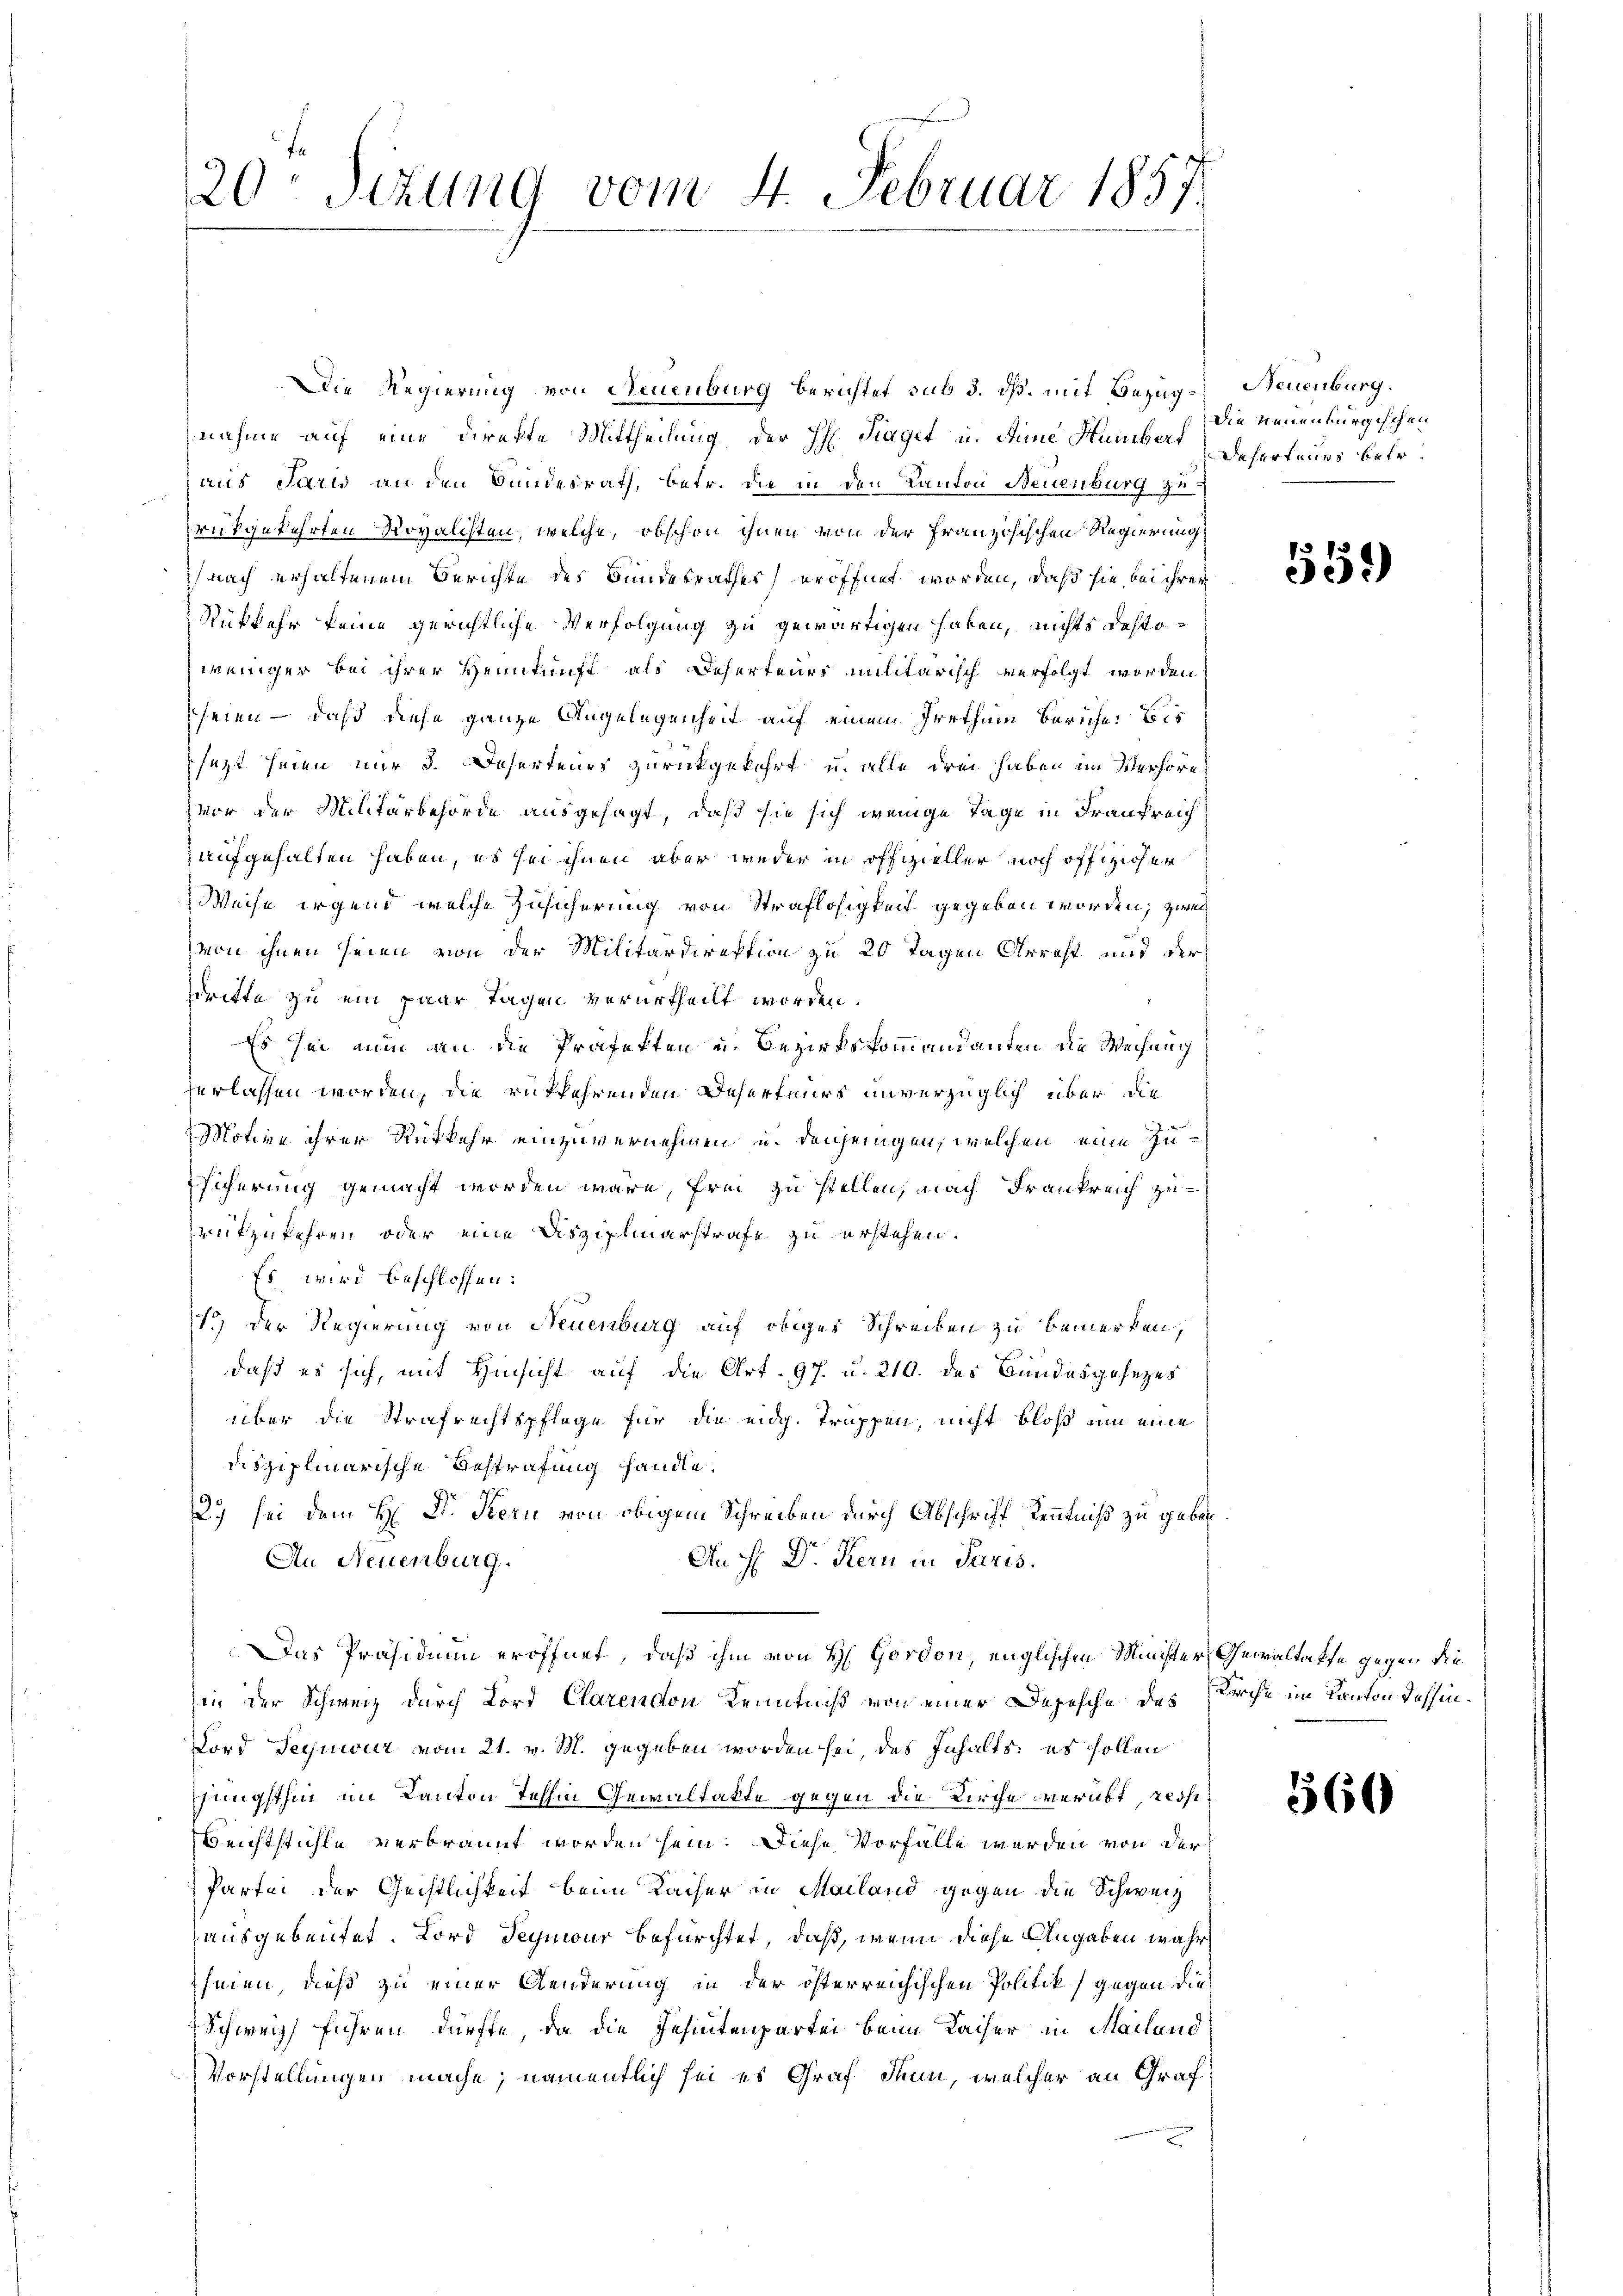
20 Sekung vom 4. Februar 1857

Die Regierung von Neuenburg berichtet sub 3. dß. mit Bezug Neuenburg.
nahme auf eine Direkte Mittheilung der H: Fraget u. deine Humber Deserteurs betr.
haus Paris an den Bundesrath, betr. die in den Kanton Neuenburg zurükgekehrten Royalisten, welche, obschon ihnen von der Französischen Regierung
nach erhaltenem Berichte des Bundesrathes eröffnet worden, daß sie bei ihrer
Rükkehr keine gerichtliche Verfolgung zu gewärtigen haben, nichts destoweniger bei ihrer Heimkunft als Deserteurs militarisch verfolgt worden
seien – daß diese ganze Angelegenheit auf einem Irrthum Beriche bis
sezt seien nur 3. Deserteurs zurückgekehrt u. alle drei haben im Verhöre
zvor der Militärbehörde ausgesagt, daß sie sich wenige Tage in Frankreich
aufgehalten haben, es sei ihnen aber weder in offizieller noch offizieher
Weise irgend welche Zusicherung von Straflosigkeit gegeben worden; zweivon ihnen seien von der Militärdirektion zu 20 Tagen Arrest und der
dritte zu ein paar Tagen verurtheilt worden.
Es sei nun an die Präfekten u. Bezirkskommandanten die Weisung
zerlassen worden, die rükkehrenden Deserteurs unverzüglich über die
Motive ihrer Rükkehr einzuvernehmen u. denjenigen, welchen eine In¬
Tsicherung gemacht worden wäre, frei zu stellen, nach Frankreich zurukzukehren oder eine Disziplinarstrafe zu erstehen.
Es wird beschlossen:
1.) Der Regierung von Neuenburg auf obiges Schreiben zu bemerken,
daß es sich, mit Hinsicht auf die Art. 97. u. 210. des Bundesgesezes
über die Strafrechtspflege für die eidg. Truppen, nicht bloß um eine
disziplinarische Bestrafung handle.
2.) sei dem H: Dr. Bern von obigem Schreiben durch Abschrift Kenntniß zu geben.
An H. Dr. Kern in Paris.
An Neuenburg.
Das Präsidium eröffnet, daß ihm von H Gordon, englischen Minister Gewaltaffe gegen die
in der Schweiz durch Lord Clarendon Kenntniß von einer Depesche des Kirche im Kanton dessen¬
Lord Segneur vom 21. v. M. gegeben worden sei, des Inhalts: es sollen
jüngsthin im Kanton Jehhin Gewaltakte gegen die Kirche verübt, resse
Beichtstühle verbrannt worden sein. Diese Vorfälle werden von der
Partei der Geistlichkeit beim Racher in Mailand gegen die Schweiz
ausgebeutet. Lord Segmour befürchtet, daß, wenn diese Angaben wahr
heien, dieß zu einer Aenderung in der österreichischen Politik gegen die
Schweiz führen dürfte, da die Zehntenpartei beim Kaiser in Mailand
Vorstellungen mache; namentlich sei es Graf denn, welcher an Graf

Die neuenburgischen

559)

560